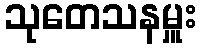
သုတေသနမှူး